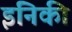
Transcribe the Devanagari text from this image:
इनिकी